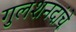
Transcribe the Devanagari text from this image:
गुलशनदांचे